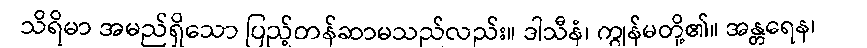
သိရိမာ အမည်ရှိသော ပြည့်တန်ဆာမသည်လည်း။ ဒါသီနံ၊ ကျွန်မတို့၏။ အန္တရေန၊